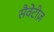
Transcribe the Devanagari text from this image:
सैवेंटीज़